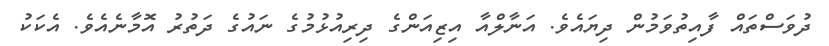
ދުވަސްތައް ފާއިތުވަމުން ދިޔައެވެ. އަނާލްއާ އިޒިއަންގެ ދިރިއުޅުމުގެ ނައުގެ ދަތުރު އޮމާނެއެވެ. އެކަކު